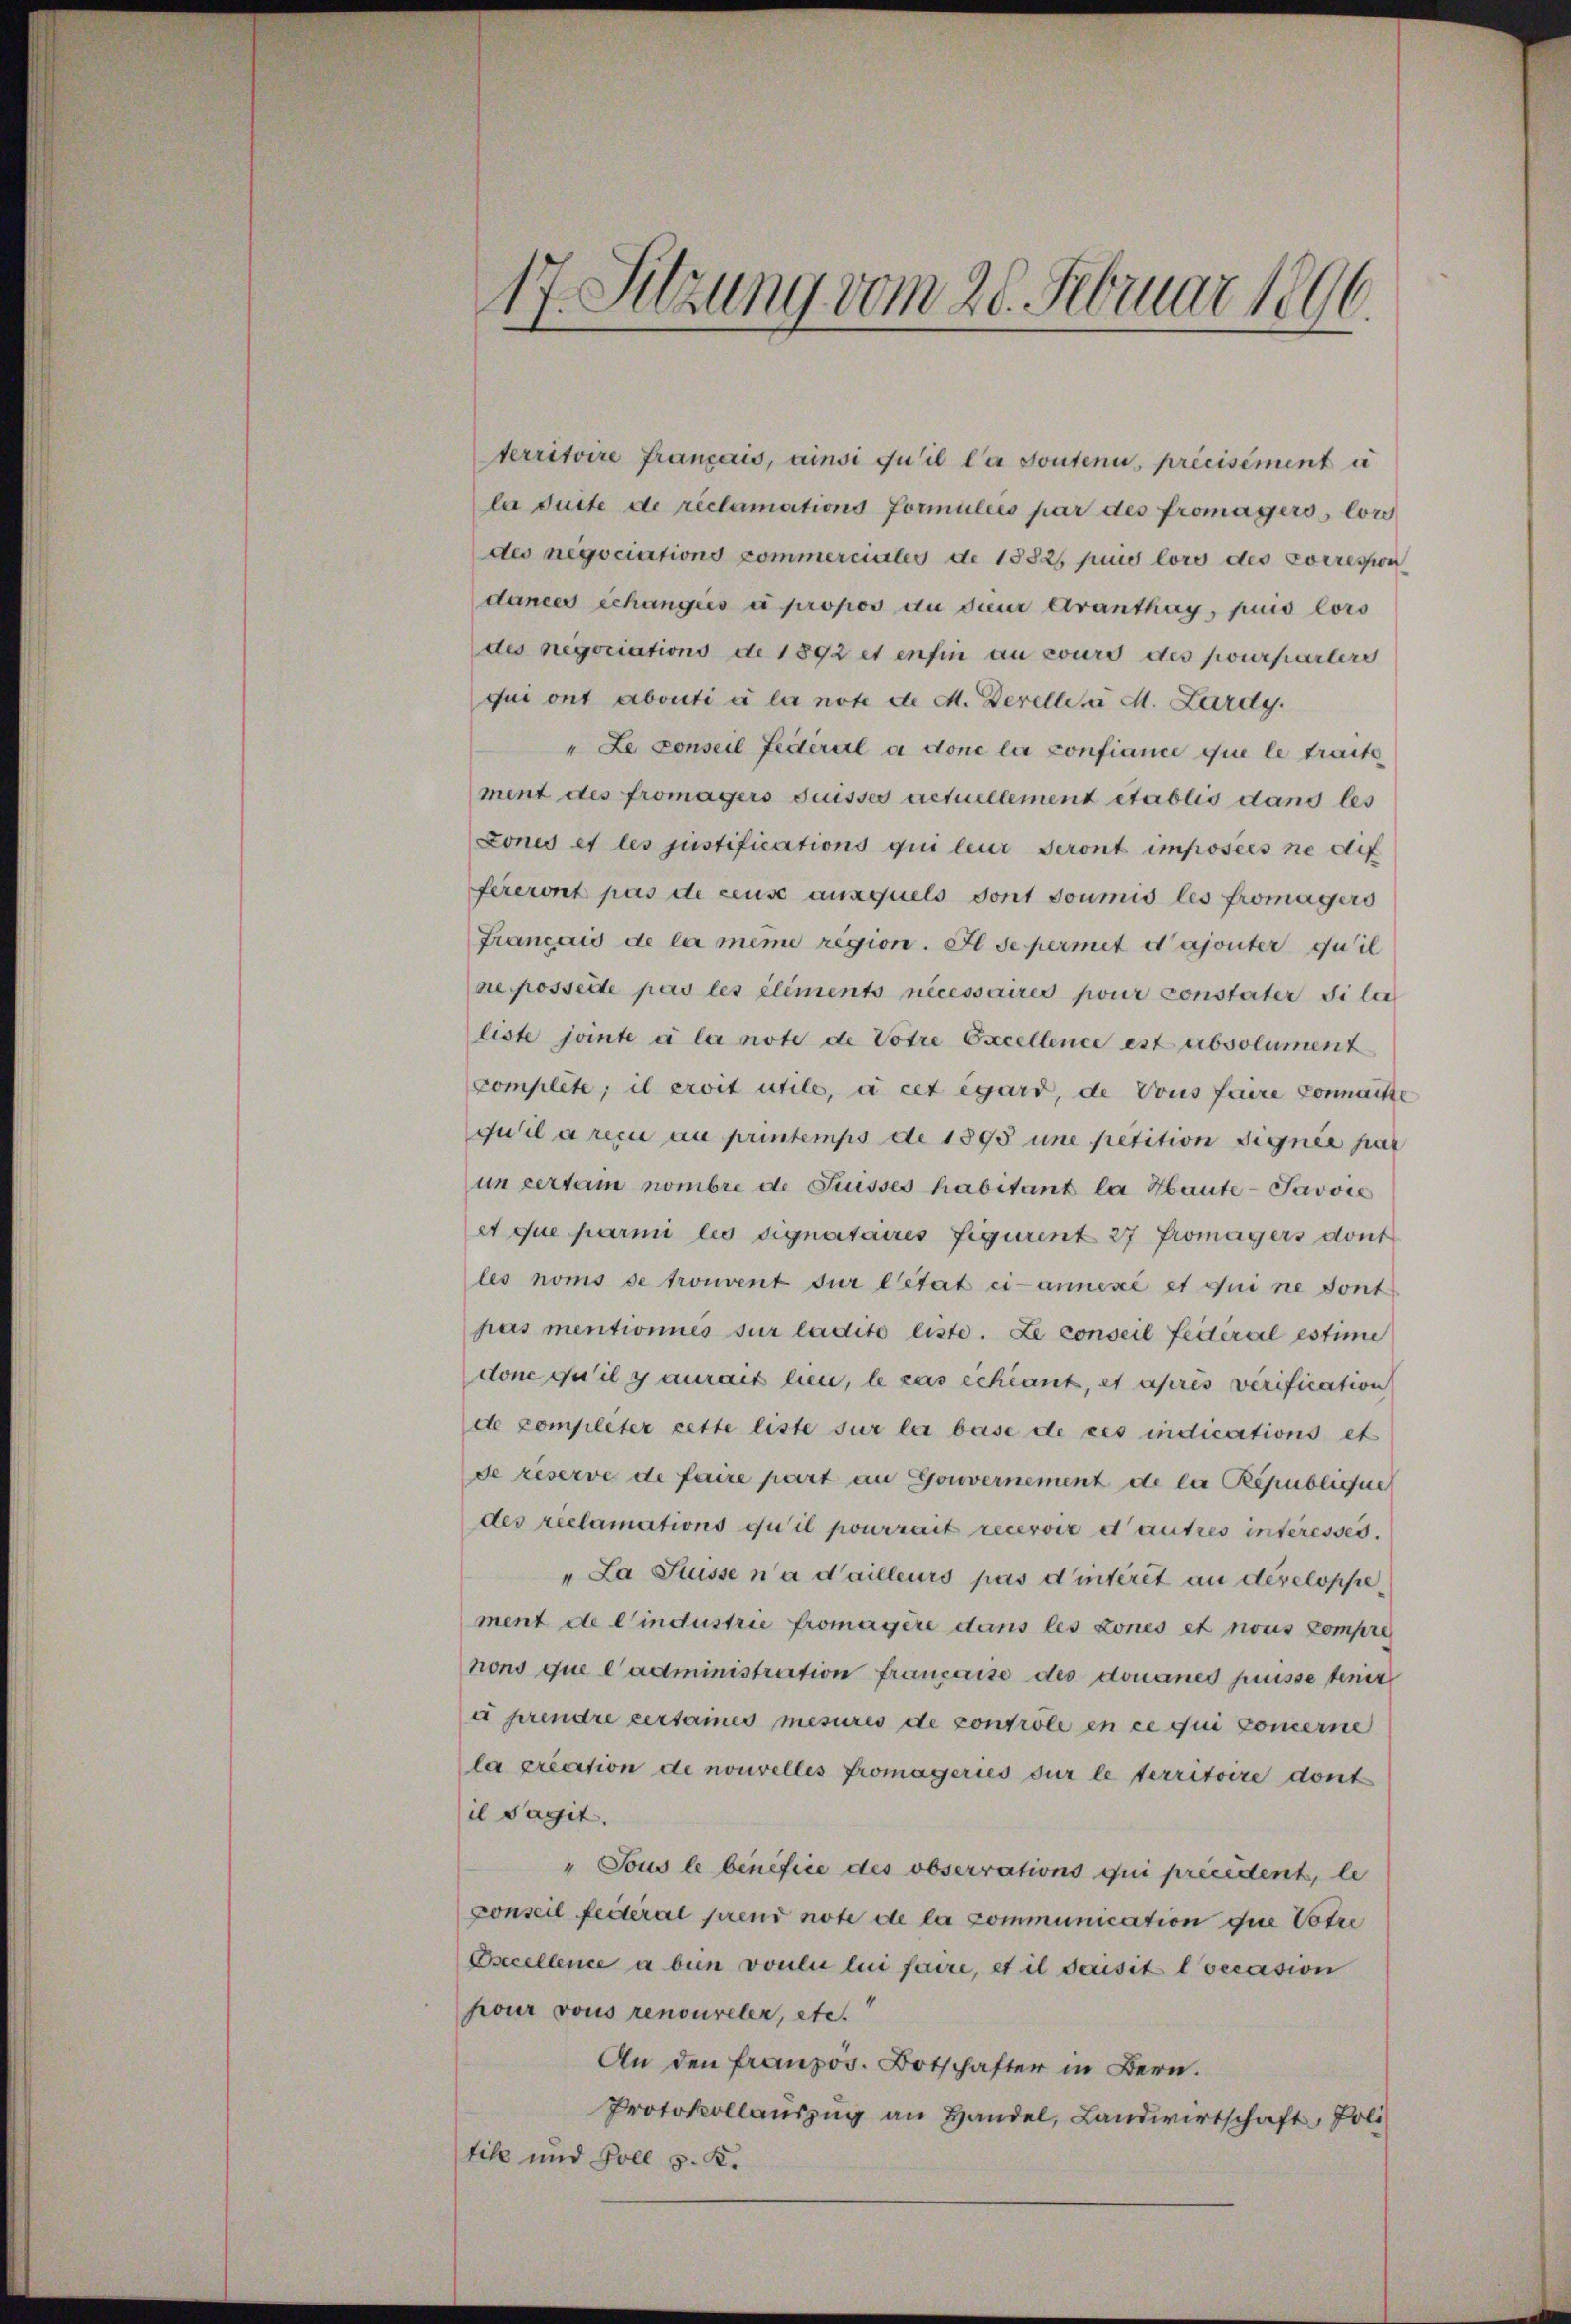
territoire français, ainsi qu’il la soutenu, précisément a
la duite de reclamations Formuliés par des fromagers, lors
des negociations commerciales de 1882, puis loro des Corression
dances schanges à propos du der Avanthay, puis lors
des negociations de 1892 et enfin au cours des pourpartere
qui ont abouti à la note d. M. Derellen d. Lardy
" Le conseil fédéral a donc la confiance que le traite
ment des fromagers Suisses actuellement établis dans les
Loncs et les justifications qui leur Seront imposées ne dif
fereront pas de ceuse auxquels dont soumis les fromagers
Français de la même region. Il se permit d ajouter quil
ne posselte pas les elements nécessaires pour constater si lich
liste jointe à la note de Votre Excellence est absolument
complete, il eroit utile, à cet égard, de Vous faire connaisse
quilarici au printemps de 1895 une petition signée pat
un certain nombre de Suisses habitant la Haute- Javvie
et que parmi les signataires figurent 27 Fromagers dont
les noms de trouvent der Citat ci-annexé et qui ne dont
pas mentionnés sur ladite liste. Le conseil fédéral estime
done qu’il y aurait lieu, le cas schiant, et apris verification
de completer cette liste sur le base de ces indications et
de reserve de faire part an Gouvernement de la Républiche
des reclamations qu’il pourrait recevoir et autres interesses.
"La Flüsse n’a d’ailleurs pas d’interet an dereloppement de l’industrie fromagère dans les tones et nous compre
nons que l’administration française des donanes puisse tenir
a prendre certaines mesures de contrôle en ce qui concerne
la prection de nouvelles fromageries sur le territoire dont
il Tacit.
"Tous le benefice des obserrations qui précédent, le
Conseil federal prend note de la communication que Votre
Oscellence a bien voulu lui faire, et il deisit loecasion
pour vous renouveler, etc.
An den franzos. Botschafter in Bern.
Protokollauszug an Handel, Landwirtschaft, Poli
tik und Soll z. K.

17. Sitzung vom 28. Februar 1896.